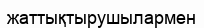
жаттықтырушылармен